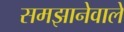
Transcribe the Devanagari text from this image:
समझानेवाले